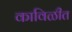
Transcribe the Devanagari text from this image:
काविळीत